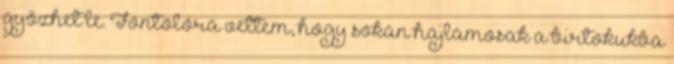
győzhet le. Fontolóra vettem, hogy sokan hajlamosak a birtokukba